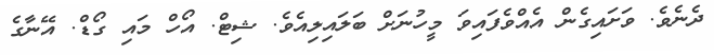
ދެނެވެ. ވަށައިގެން އެއްވެފައިވަ މީހުނަށް ބަލައިލިއެވެ. ޝިޓް. އޯހް މައި ގޯޑް. އޭނާގެ